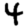
Digit: 4